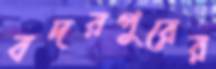
বদরপুরের